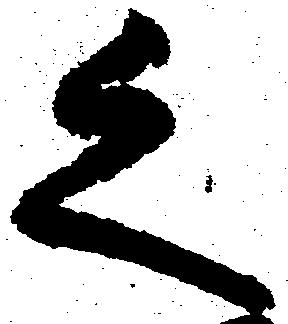
之